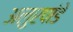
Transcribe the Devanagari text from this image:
अलुरपांडे